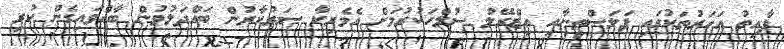
ފާއިތު އަހަރުތަކުގައި ފަލަސްތީނާއި އިޒްރޭލު ސުލްހަކުރުމަށް އެމެރިކާ ސަރުކާރުން ބައްދަލުވުން ބާއްވައިގެން ކުރި